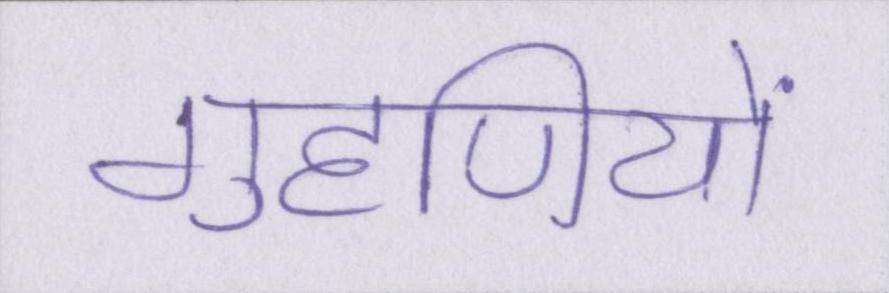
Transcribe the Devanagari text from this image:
गृहणियों